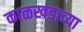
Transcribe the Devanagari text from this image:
काळखंडाच्या